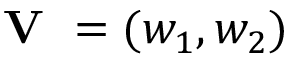
\textbf { V } = ( w _ { 1 } , w _ { 2 } )